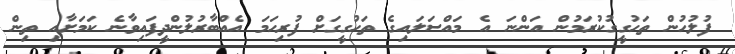
ފުލުހުން ތަހުގީގުކުރަމުން އަންނަ އެ މައްސަލައިގެ ތަހުގީގަށް ފުރިހަމަ އެއްބާރުލުންދީފައިވާނެ ކަމަށާއި ތިން